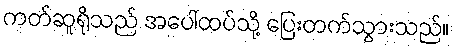
ကတ်ဆူရိုသည် အပေါ်ထပ်သို့ ပြေးတက်သွားသည်။